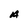
Character: A